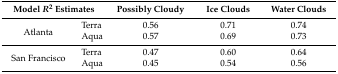
| <COLSPAN=2> Model R2 Estimates | Possibly Cloudy | Ice Clouds | Water Clouds |
 | --- | --- | --- | --- | --- |
 | <ROWSPAN=2> Atlanta | Terra | 0.56 | 0.71 | 0.74 |
 | Aqua | 0.57 | 0.69 | 0.73 |
 | <ROWSPAN=2> San Francisco | Terra | 0.47 | 0.60 | 0.64 |
 | Aqua | 0.45 | 0.54 | 0.56 |